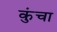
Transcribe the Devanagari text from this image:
कुंचा